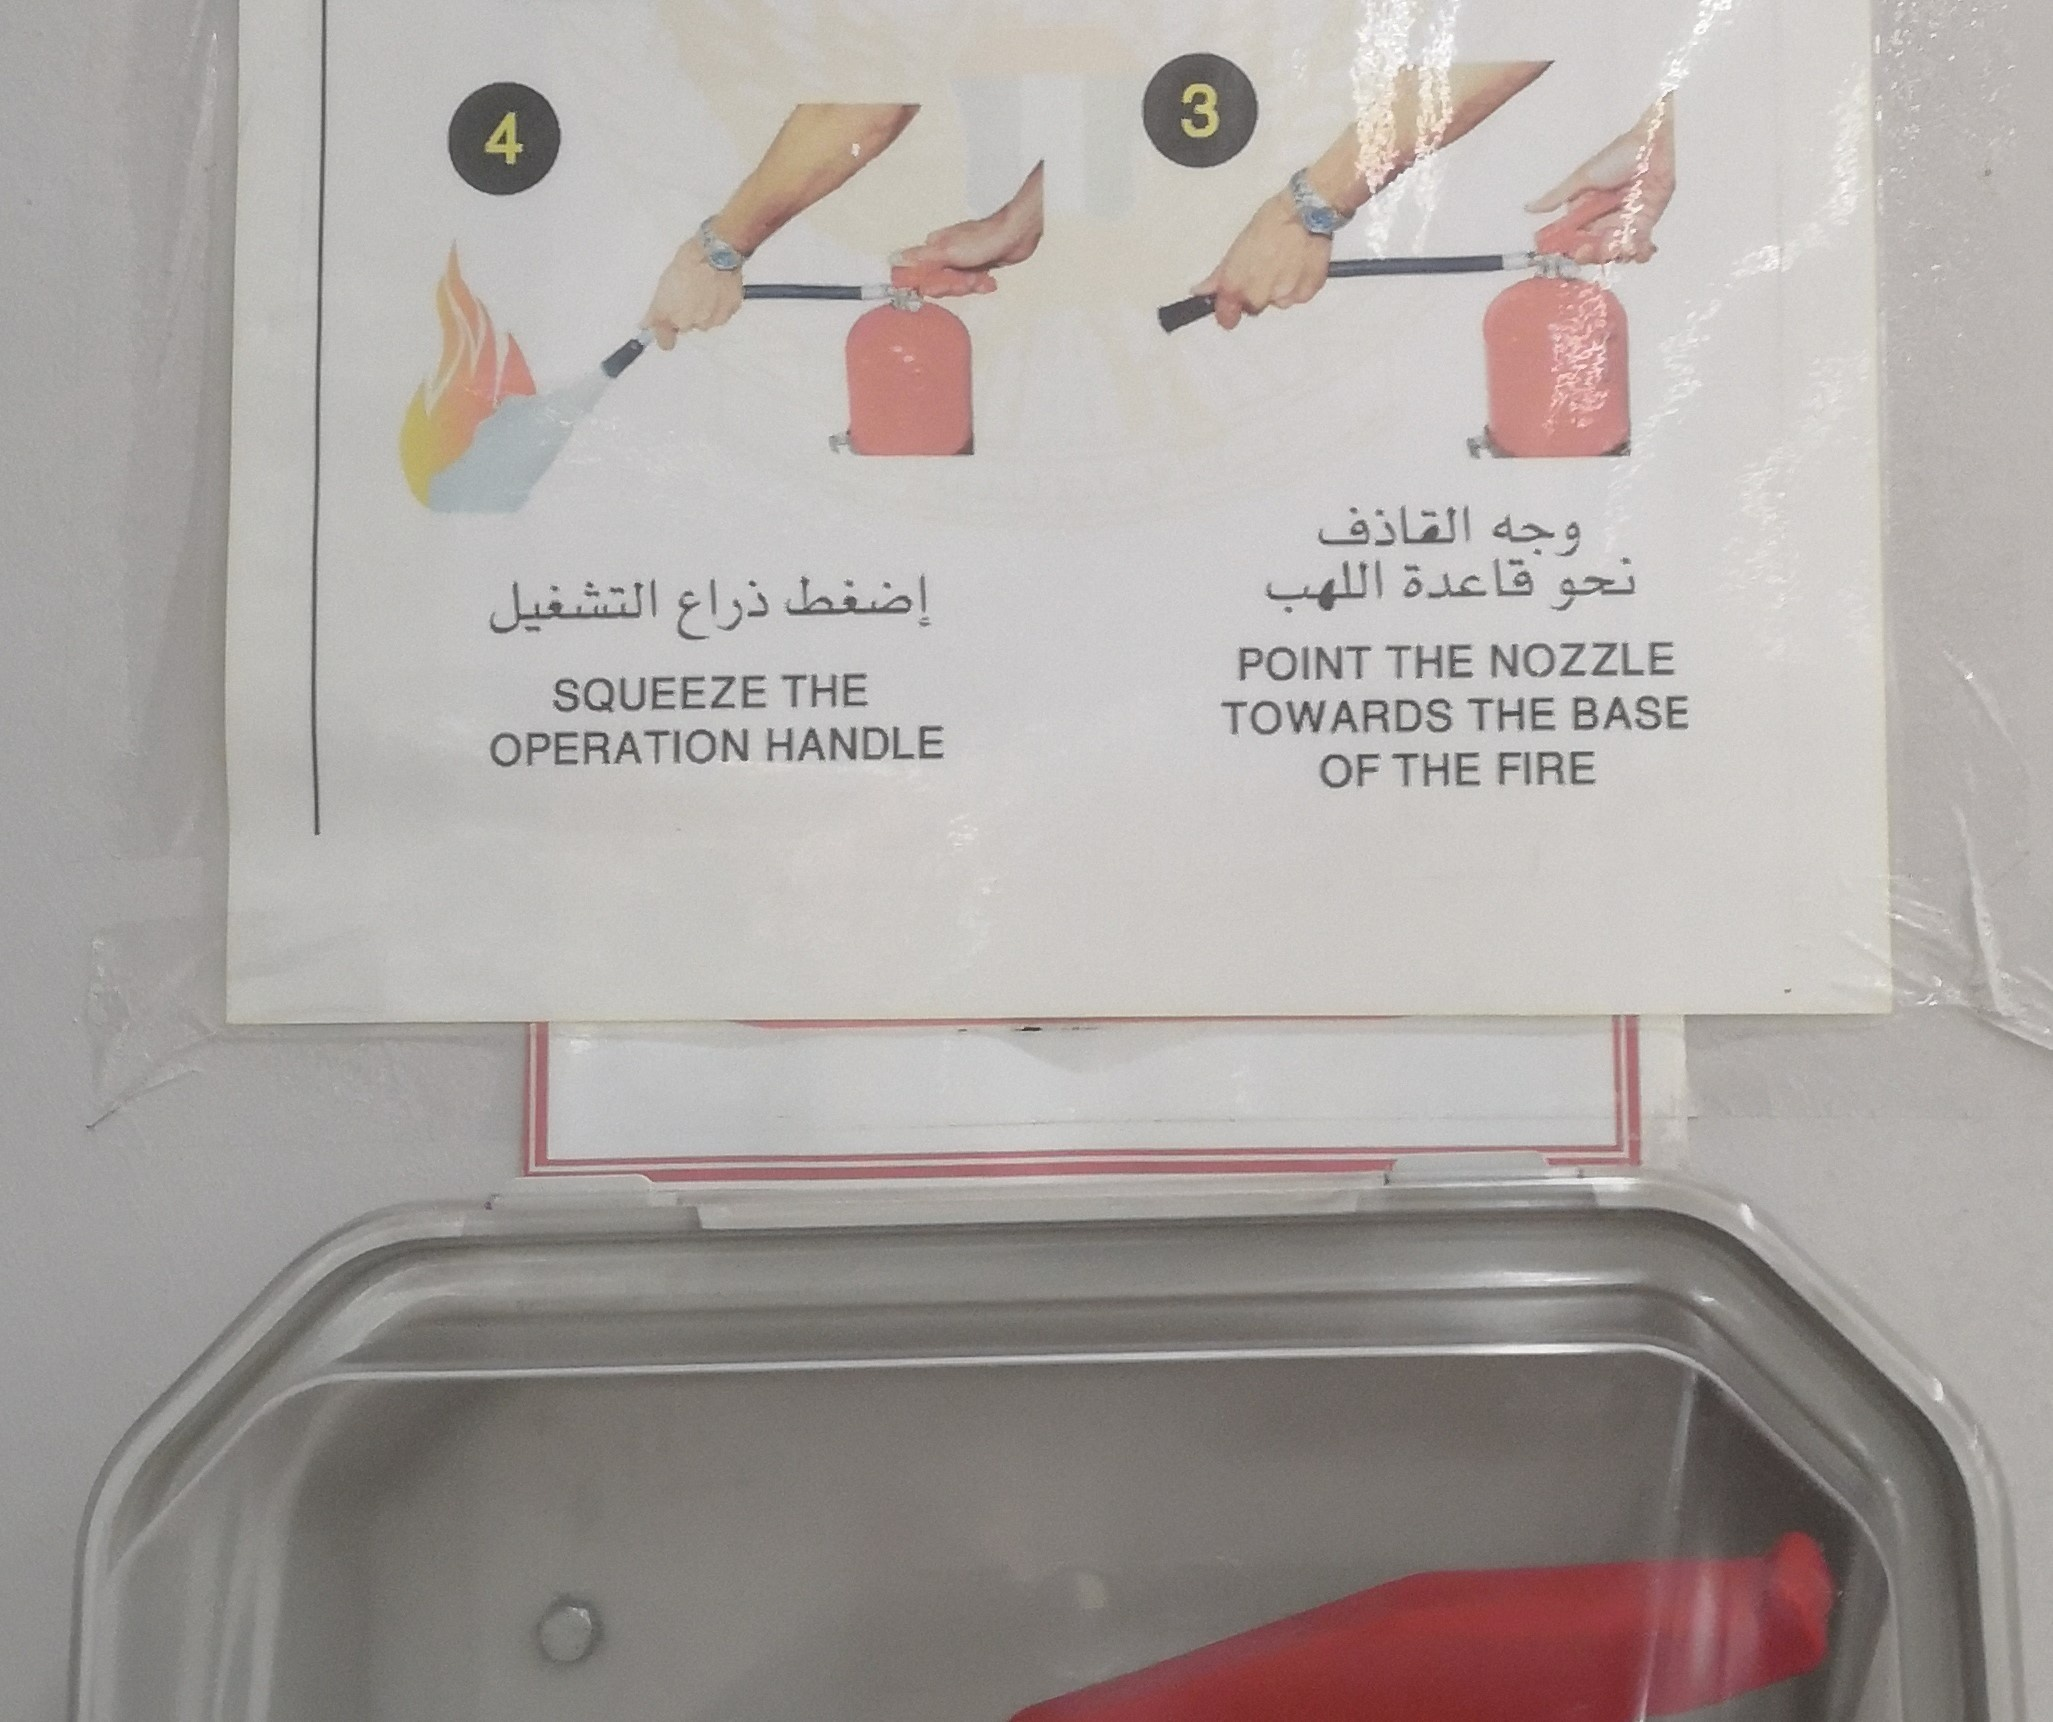
Text in image: القاذف وجه قاعدة نحو اللهب إضغط التشغيل ذراع 3 4 THE NOZZLE POINT THE SQUEEZE THE BASE TOWARDS HANDLE OPERATION THE FIRE OF